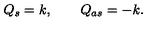
Q _ { s } = k , \qquad Q _ { a s } = - k .